Medical and sanitary report of the native army of Madras for the year
Year: 1877
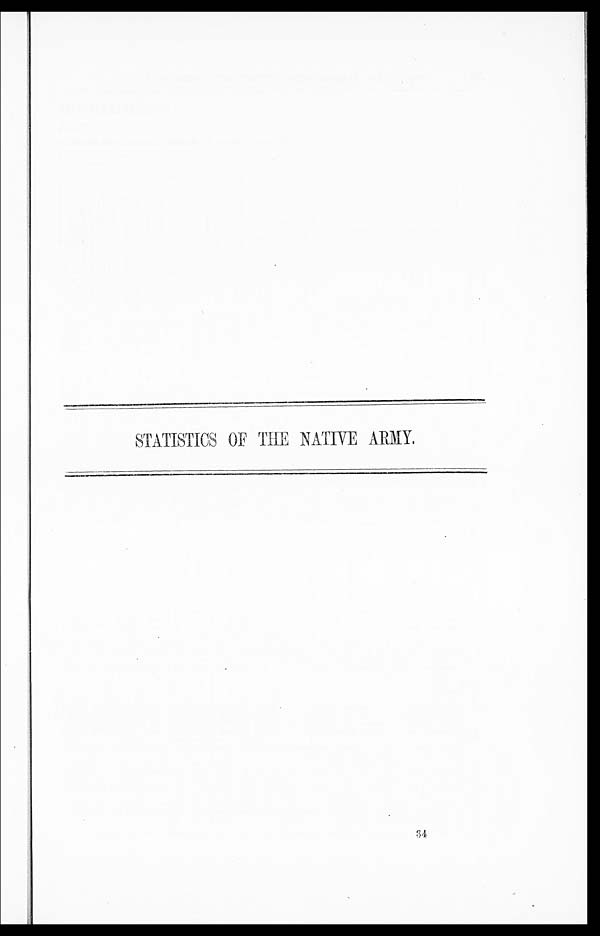
STATISTICS OF THE NATIVE ARMY.
3 4